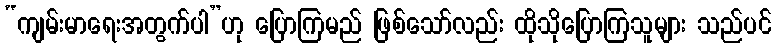
“ကျမ်းမာရေးအတွက်ပါ”ဟု ပြောကြမည် ဖြစ်သော်လည်း ထိုသိုပြောကြသူများ သည်ပင်